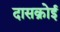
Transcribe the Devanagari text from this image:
दासक्रोई